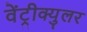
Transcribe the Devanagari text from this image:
वेंट्रीक्युलर